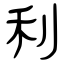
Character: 利